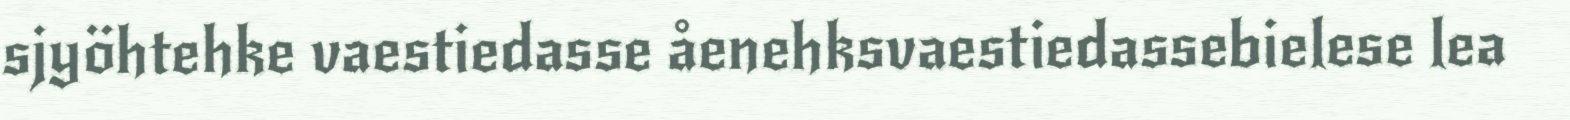
sjyöhtehke vaestiedasse åenehksvaestiedassebielese lea